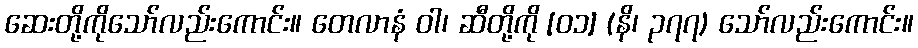
ဆေးတို့ကိုသော်လည်းကောင်း။ တေလာနံ ဝါ၊ ဆီတို့ကို [၀၁] (နိ၊ ၃၇၇) သော်လည်းကောင်း။